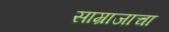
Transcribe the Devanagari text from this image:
साम्राजाचा